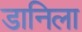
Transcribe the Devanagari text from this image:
डानिला